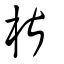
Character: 椹